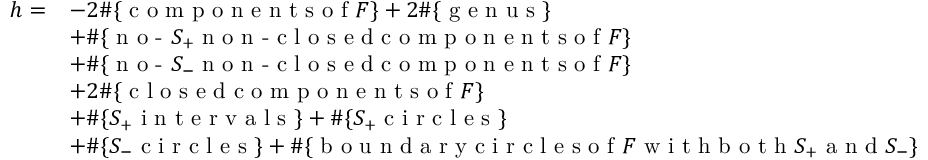
\begin{array} { r l } { h = } & { - 2 \# \{ \textrm { c o m p o n e n t s o f } F \} + 2 \# \{ \textrm { g e n u s } \} } \\ & { + \# \{ \textrm { n o - } S _ { + } \textrm { n o n - c l o s e d c o m p o n e n t s o f } F \} } \\ & { + \# \{ \textrm { n o - } S _ { - } \textrm { n o n - c l o s e d c o m p o n e n t s o f } F \} } \\ & { + 2 \# \{ \textrm { c l o s e d c o m p o n e n t s o f } F \} } \\ & { + \# \{ S _ { + } \textrm { i n t e r v a l s } \} + \# \{ S _ { + } \textrm { c i r c l e s } \} } \\ & { + \# \{ S _ { - } \textrm { c i r c l e s } \} + \# \{ \textrm { b o u n d a r y c i r c l e s o f } F \textrm { w i t h b o t h } S _ { + } \textrm { a n d } S _ { - } \} } \end{array}